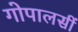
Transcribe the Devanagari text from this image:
गोपालसीं